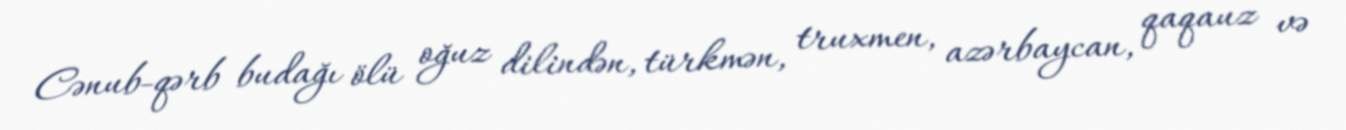
Cənub-qərb budağı ölü oğuz dilindən, türkmən, truxmen, azərbaycan, qaqauz və